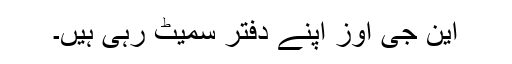
این جی اوز اپنے دفتر سمیٹ رہی ہیں۔